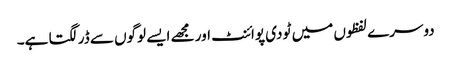
دوسرے لفظوں میں ٹو دی پوائنٹ اور مجھے ایسے لوگوں سے ڈر لگتا ہے۔